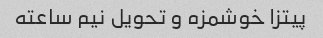
پیتزا خوشمزه و تحویل نیم ساعته